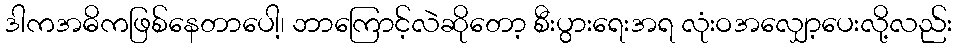
ဒါကအဓိကဖြစ်နေတာပေါ့၊ ဘာကြောင့်လဲဆိုတော့ စီးပွားရေးအရ လုံးဝအလျှော့ပေးလို့လည်း